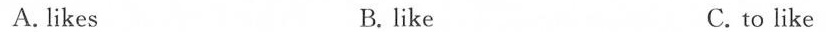
A.likes B.like C. to like